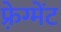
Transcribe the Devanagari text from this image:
फ़्रेग्मेंट